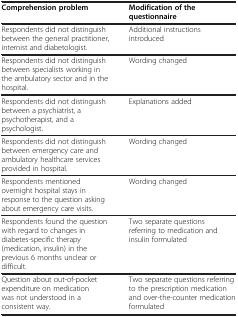
<table><thead><tr><td><b>Comprehension problem</b></td><td><b>Modification of the questionnaire</b></td></tr></thead><tbody><tr><td>Respondents did not distinguish between the general practitioner, internist and diabetologist.</td><td>Additional instructions introduced</td></tr><tr><td>Respondents did not distinguish between specialists working in the ambulatory sector and in the hospital.</td><td>Wording changed</td></tr><tr><td>Respondents did not distinguish between a psychiatrist, a psychotherapist, and a psychologist.</td><td>Explanations added</td></tr><tr><td>Respondents did not distinguish between emergency care and ambulatory healthcare services provided in hospital.</td><td>Wording changed</td></tr><tr><td>Respondents mentioned overnight hospital stays in response to the question asking about emergency care visits.</td><td>Wording changed</td></tr><tr><td>Respondents found the question with regard to changes in diabetes-specific therapy (medication, insulin) in the previous 6 months unclear or difficult.</td><td>Two separate questions referring to medication and insulin formulated</td></tr><tr><td>Question about out-of-pocket expenditure on medication was not understood in a consistent way.</td><td>Two separate questions referring to the prescription medication and over-the-counter medication formulated</td></tr></tbody></table>